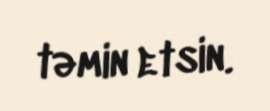
təmin etsin.